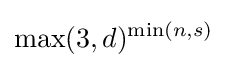
\max(3,d)^{\min(n,s)}